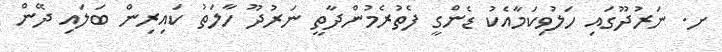
ށ. ނަރުދޫގައި ހަލުވިކަމާއެކު ޑެންގީ ފެތުރެމުންދާތީ ނަރުދޫ ހާލަތު ކައިރިން ބަލައި ދޭން